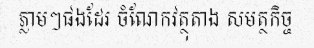
ភ្លាមៗផងដែរ ចំណែកវត្ថុតាង សមត្ថកិច្ច